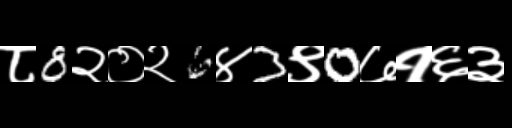
Text: ८8२०२6४3९0७१६३